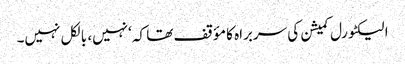
الیکٹورل کمیشن کی سربراہ کا مؤقف تھا کہ ‘نہیں، بالکل نہیں۔